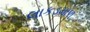
લાકડમાળ